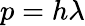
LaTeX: p=h\lambda